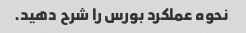
نحوه عملکرد بورس را شرح دهید.